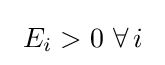
~E_{i}>0~\forall \,i~